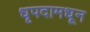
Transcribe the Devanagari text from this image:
धृपदामधून